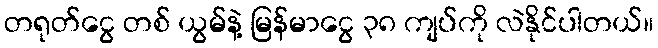
တရုတ်ငွေ တစ် ယွမ်နဲ့ မြန်မာငွေ ၃၈ ကျပ်ကို လဲနိုင်ပါတယ်။